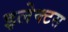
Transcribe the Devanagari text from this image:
इलेक्टस